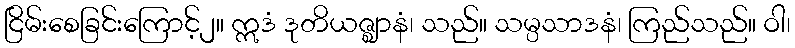
ငြိမ်းစေခြင်းကြောင့်၂။ ဣဒံ ဒုတိယဇ္ဈာနံ၊ သည်။ သမ္ပသာဒနံ၊ ကြည်သည်။ ဝါ၊